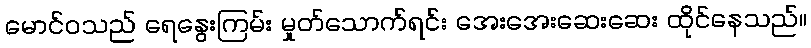
မောင်ဝသည် ရေနွေးကြမ်း မှုတ်သောက်ရင်း အေးအေးဆေးဆေး ထိုင်နေသည်။